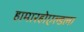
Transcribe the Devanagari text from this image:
हामारहोएल्डला